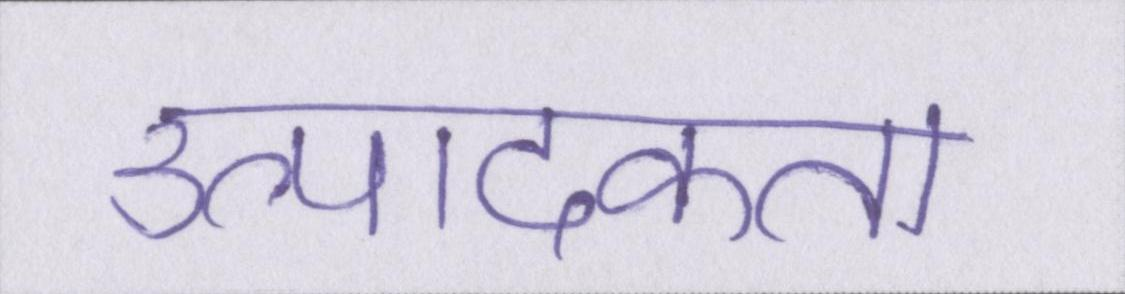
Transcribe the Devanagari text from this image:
उत्पादकता